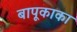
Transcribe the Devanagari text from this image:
बापूकाका